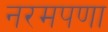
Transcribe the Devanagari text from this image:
नरमपणा